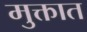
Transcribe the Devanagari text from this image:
मुक्तात